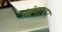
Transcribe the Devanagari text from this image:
व्यंगावर